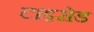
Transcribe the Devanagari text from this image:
टाइरोड